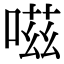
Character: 嗞